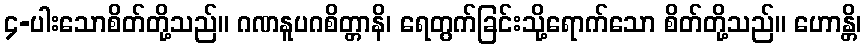
၄-ပါးသောစိတ်တို့သည်။ ဂဏနူပဂစိတ္တာနိ၊ ရေတွက်ခြင်းသို့ရောက်သော စိတ်တို့သည်။ ဟောန္တိ၊